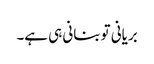
بریانی تو بنانی ہی ہے۔